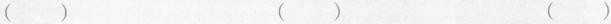
( ) ( ) ( )